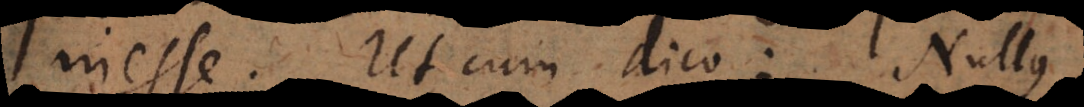
inesse. Ut cum dico: Nullus